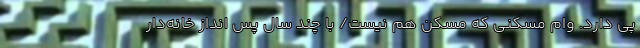
پی دارد. وام مسکنی که مُسکِن هم نیست/ با چند سال پس انداز خانه‌دار